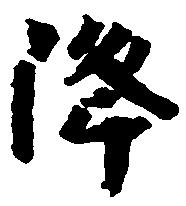
降